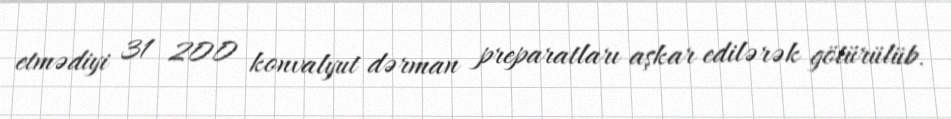
etmədiyi 31 200 konvalyut dərman preparatları aşkar edilərək götürülüb.